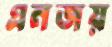
এনজয়